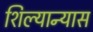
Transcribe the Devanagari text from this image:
शिल्यान्यास